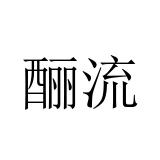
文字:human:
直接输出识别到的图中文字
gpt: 酾流